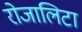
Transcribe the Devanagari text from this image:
रोजालिटा